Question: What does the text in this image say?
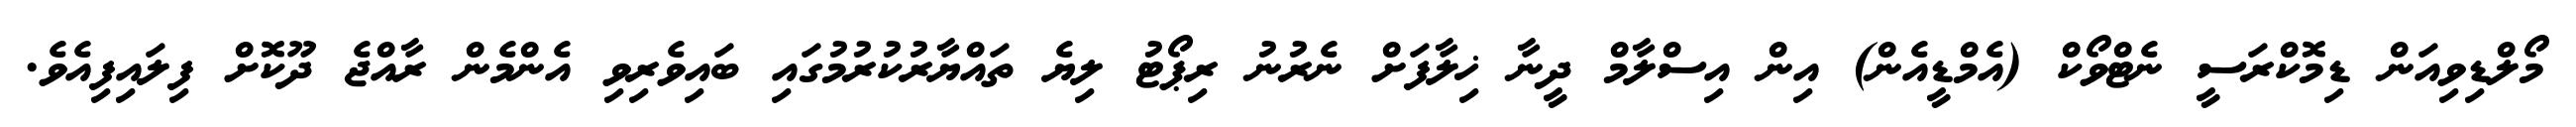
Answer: މޯލްޑިވިއަން ޑިމޮކްރަސީ ނެޓްވޯކް (އެމްޑީއެން) އިން އިސްލާމް ދީނާ ޚިލާފަށް ނެރުނު ރިޕޯޓު ލިޔެ ތައްޔާރުކުރުމުގައި ބައިވެރިވި އެންމެން ރާއްޖެ ދޫކޮށް ފިލައިފިއެވެ.